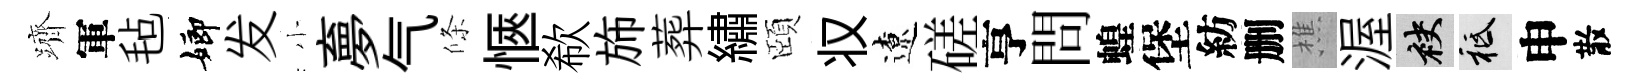
躋軍毡嫏发小夣气條愜欷斾葬繡頤𠬧遼磋亨問蝗堡紡删樵渥袂祇申散